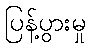
ပြန့်ပွားမှု